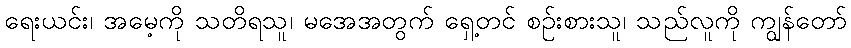
ရေးယင်း၊ အမေ့ကို သတိရသူ၊ မအေအတွက် ရှေ့တင် စဉ်းစားသူ၊ သည်လူကို ကျွန်တော်